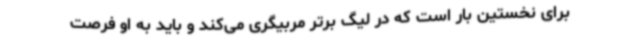
برای نخستین بار است که در لیگ برتر مربیگری می‌کند و باید به او فرصت